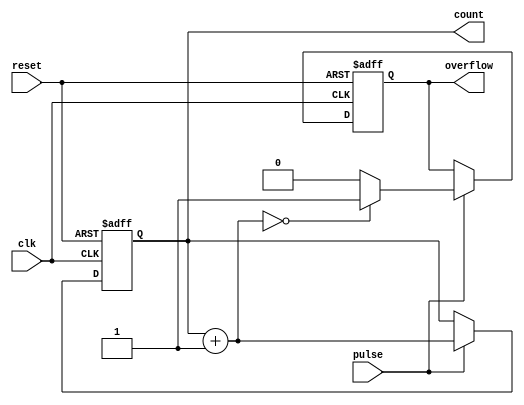
module pulse_counter #(
    parameter N = 8  // Parameter defining the bit width of the counter
)(
    input wire clk,              // Clock signal
    input wire reset,            // Asynchronous reset signal
    input wire pulse,            // Pulse input signal to count
    output reg [N-1:0] count,    // Current count value
    output reg overflow          // Overflow indicator
);

    // Internal local variable to manage the next count value
    reg [N-1:0] next_count;

    // Always block to handle the counting logic
    always @(posedge clk or posedge reset) begin
        if (reset) begin
            count <= 0;           // Asynchronous reset to zero
            overflow <= 1'b0;     // Clear overflow on reset
        end else begin
            // Increment counter on pulse detection
            if (pulse) begin
                next_count = count + 1'b1;

                // Check for overflow
                if (next_count == 0) begin
                    overflow <= 1'b1;  // Set overflow if wrapped around
                end else begin
                    overflow <= 1'b0;  // Clear overflow if in range
                end

                count <= next_count; // Update count
            end
        end
    end

endmodule